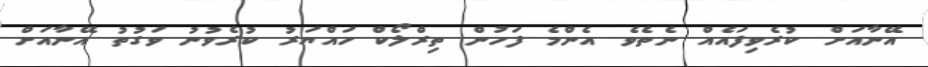
އޭނާއަށް ކުރެވިފައެއް ނެތެވެ. އެންމެ ފަހުން ތިރްލޯކް ހައްޔަރު ކުރެވުނު ވަގުތު އޭނާއަށް